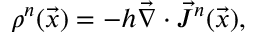
\rho ^ { n } ( \vec { x } ) = - h \vec { \nabla } \cdot \vec { J } ^ { n } ( \vec { x } ) ,